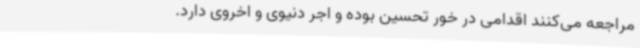
مراجعه می‌کنند اقدامی در خور تحسین بوده و اجر دنیوی و اخروی دارد.